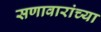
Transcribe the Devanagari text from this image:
सणावारांच्या